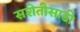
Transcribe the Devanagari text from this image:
सशेतीसाठी